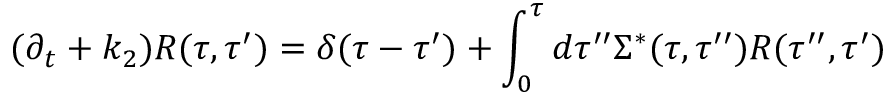
{ } ( \partial _ { t } + k _ { 2 } ) R ( \tau , \tau ^ { \prime } ) = \delta ( \tau - \tau ^ { \prime } ) + \int _ { 0 } ^ { \tau } d \tau ^ { \prime \prime } \Sigma ^ { * } ( \tau , \tau ^ { \prime \prime } ) R ( \tau ^ { \prime \prime } , \tau ^ { \prime } )